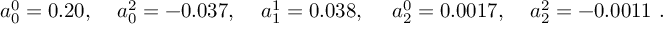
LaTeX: \begin{array} { l l l l l } { { a _ { 0 } ^ { 0 } = 0 . 2 0 , \; } } & { { a _ { 0 } ^ { 2 } = - 0 . 0 3 7 , \; } } & { { a _ { 1 } ^ { 1 } = 0 . 0 3 8 , \, \; } } & { { a _ { 2 } ^ { 0 } = 0 . 0 0 1 7 , \; } } & { { a _ { 2 } ^ { 2 } = - 0 . 0 0 1 1 ~ . } } \end{array}